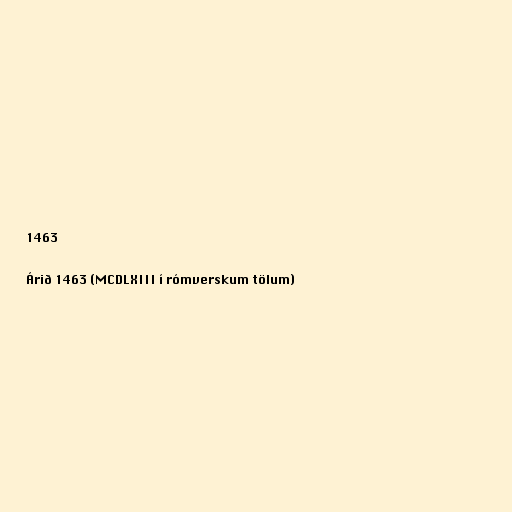
1463

Árið 1463 (MCDLXIII í rómverskum tölum)